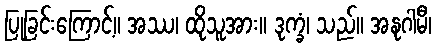
ပြုခြင်းကြောင့်။ အဿ၊ ထိုသူအား။ ဒုက္ခံ၊ သည်။ အနုဂါမီ၊